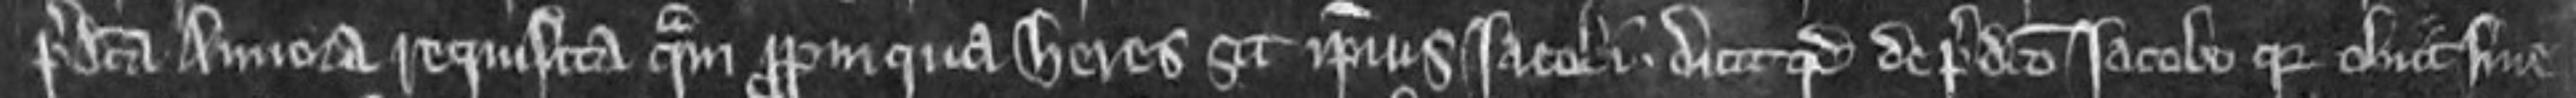
predicta Annora requisita quam propinqua heres sit ipsius Jacobi. dicit quod de predicto Jacobo quia obiit sine